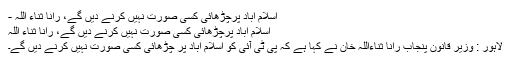
اسلام آباد پرچڑھائی کسی صورت نہیں کرنے دیں گے، رانا ثناء اللہ -
اسلام آباد پرچڑھائی کسی صورت نہیں کرنے دیں گے، رانا ثناء اللہ
لاہور : وزیر قانون پنجاب رانا ثناءاللہ خان نے کہا ہے کہ پی ٹی آئی کو اسلام آباد پر چڑھائی کسی صورت نہیں کرنے دیں گے۔